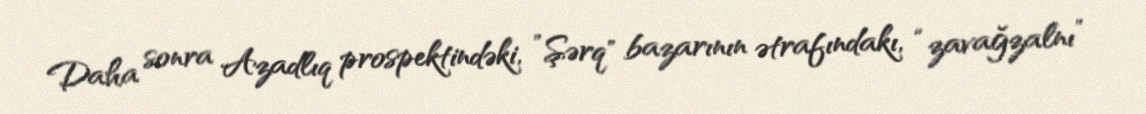
Daha sonra Azadlıq prospektindəki, ”Şərq" bazarının ətrafındakı, “zavağzalnı”